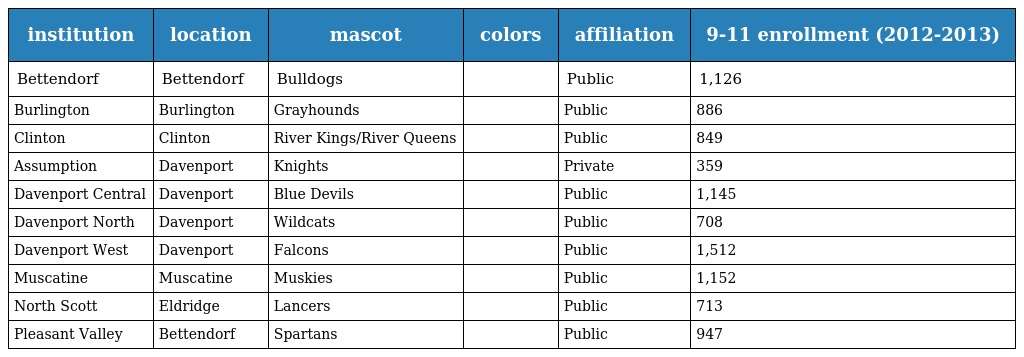
| institution | location | mascot | colors | affiliation | 9-11 enrollment (2012-2013) |
 | --- | --- | --- | --- | --- | --- |
 | Bettendorf | Bettendorf | Bulldogs |  | Public | 1,126 |
 | Burlington | Burlington | Grayhounds |  | Public | 886 |
 | Clinton | Clinton | River Kings/River Queens |  | Public | 849 |
 | Assumption | Davenport | Knights |  | Private | 359 |
 | Davenport Central | Davenport | Blue Devils |  | Public | 1,145 |
 | Davenport North | Davenport | Wildcats |  | Public | 708 |
 | Davenport West | Davenport | Falcons |  | Public | 1,512 |
 | Muscatine | Muscatine | Muskies |  | Public | 1,152 |
 | North Scott | Eldridge | Lancers |  | Public | 713 |
 | Pleasant Valley | Bettendorf | Spartans |  | Public | 947 |